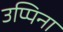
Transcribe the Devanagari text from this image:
उप्पिना